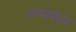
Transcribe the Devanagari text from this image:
मध्यकल